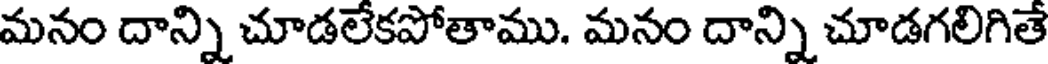
మనం దాన్ని చూడలేకపోతాము. మనం దాన్ని చూడగలిగితే